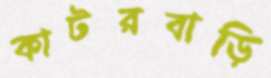
কাটরবাড়ি